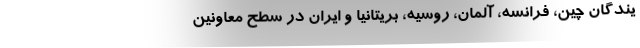
یندگان چین، فرانسه، آلمان، روسیه، بریتانیا و ایران در سطح معاونین